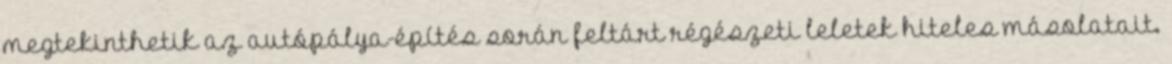
megtekinthetik az autópálya-építés során feltárt régészeti leletek hiteles másolatait.